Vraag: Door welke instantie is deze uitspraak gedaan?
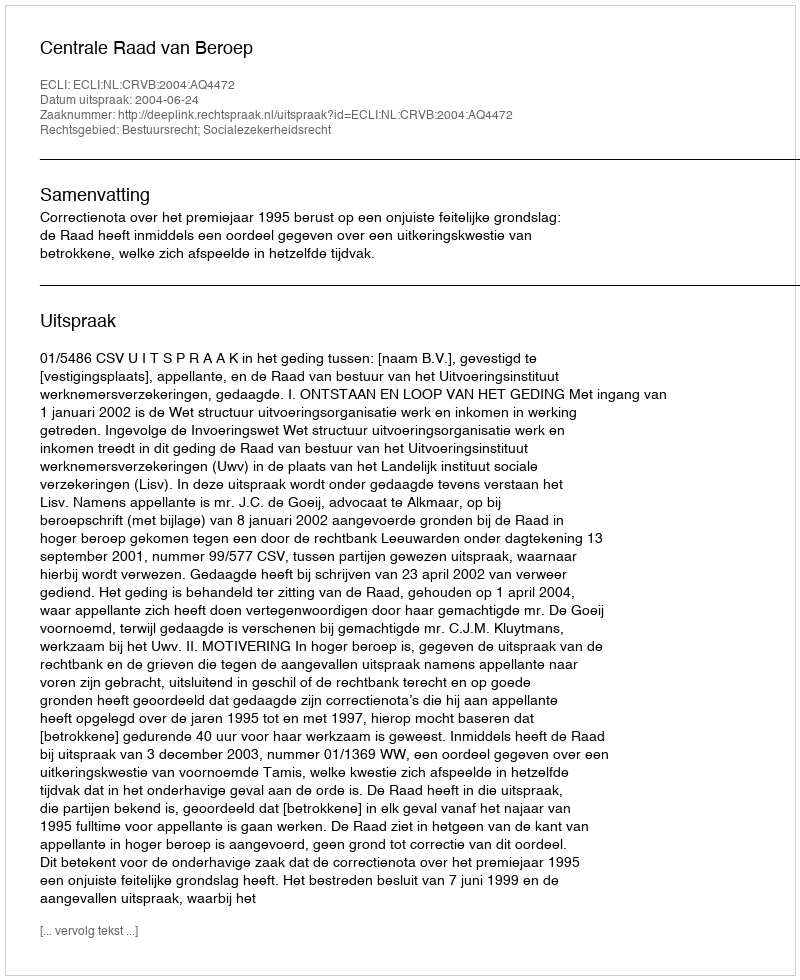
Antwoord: Centrale Raad van Beroep